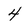
Character: 4